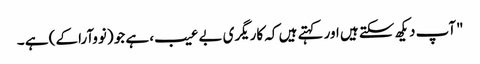
"آپ دیکھ سکتے ہیں اور کہتے ہیں کہ کاریگری بے عیب، ہے جو (نووآرا کے) ہے ۔